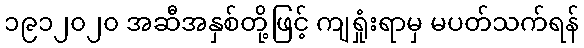
၁၉၁၂၀၂၀ အဆီအနှစ်တို့ဖြင့် ကျရှုံးရာမှ မပတ်သက်ရန်